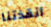
أنقذتنا